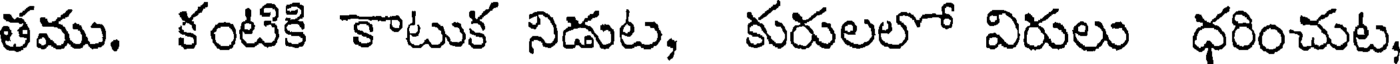
తము. కంటికి కాటుక నిడుట, కురులలో విరులు ధరించుట,